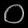
Digit: ၀